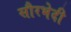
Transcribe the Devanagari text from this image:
सौरभेदी